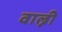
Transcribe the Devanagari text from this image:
वाल्नी